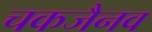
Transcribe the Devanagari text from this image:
चकजैनव